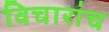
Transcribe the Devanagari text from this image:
विचारांच